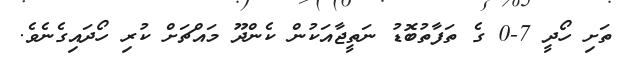
ތަށި ހޯދީ 7-0 ގެ ތަފާތުބޮޑު ނަތީޖާއަކުން ކެންދޫ މައްޗަށް ކުރި ހޯދައިގެނެވެ.